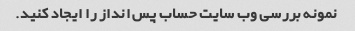
نمونه بررسی وب سایت حساب پس انداز را ایجاد کنید.